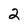
Character: 2